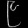
Digit: ၉